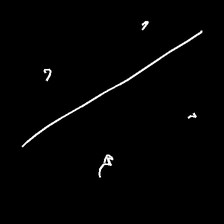
Glyph: cool